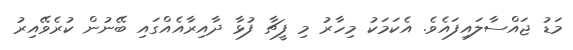
މަޑު ޖައްސާލައިފައެވެ. އެކަމަކު މިހާރު މި ފީޗާ ފުޅާ ދާއިރާއެއްގައި ބޭނުން ކުރެވޭއިރު